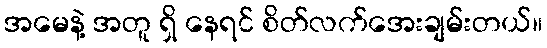
အမေနဲ့ အတူ ရှိ နေရင် စိတ်လက်အေးချမ်းတယ်။